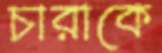
চারাকে